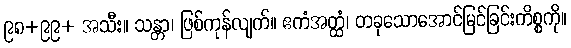
၉၈+၉၉+ အသီး။ သန္တာ၊ ဖြစ်ကုန်လျက်။ ဧကံအတ္ထံ၊ တခုသောအောင်မြင်ခြင်းကိစ္စကို။